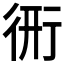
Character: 𧗦